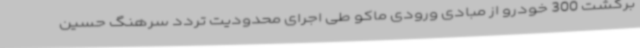
برگشت 300 خودرو از مبادی ورودی ماکو طی اجرای محدودیت تردد سرهنگ حسین